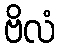
ဗိလံ